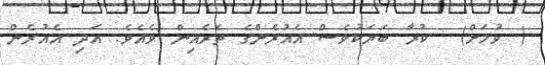
( ވުމަށް)  ކުރާ ބަޔަކުވެސް އެއުރެންގެ ތެރެއިން ވެއެވެ. އަދި އެއުރެން